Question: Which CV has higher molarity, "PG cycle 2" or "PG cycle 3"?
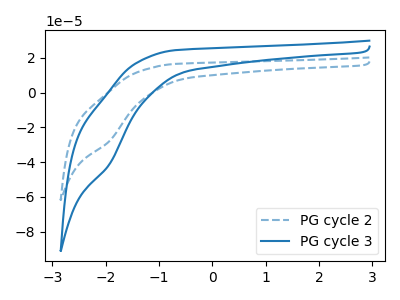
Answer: <think>The blue dashed curve "PG cycle 2" has a cathodic peak at: (-1.90V, -27.70uA). The blue curve "PG cycle 3" has a cathodic peak at: (-1.90V, -40.95uA).
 All the peaks in "PG cycle 2" have a peak in "PG cycle 3" at the same potential. Every peak in "PG cycle 2" is lower than every peak in "PG cycle 3".</think>
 <answer>"PG cycle 2" has less signal than "PG cycle 3" and so likely has a lower concentration.</answer>
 <eval>less_concentration</eval>